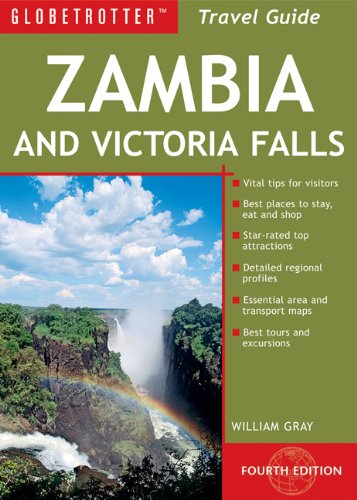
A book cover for Zambia and Victoria Falls Travel Pack, 4th (Globetrotter Travel: Zambia & Victoria Falls); William Gray; Travel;